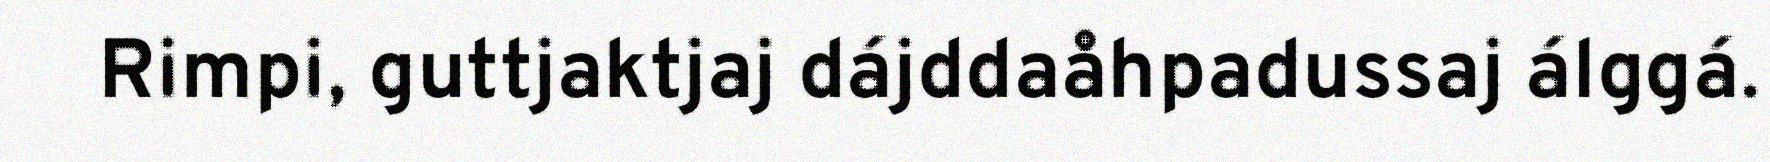
Rimpi, guttjaktjaj dájddaåhpadussaj álggá.